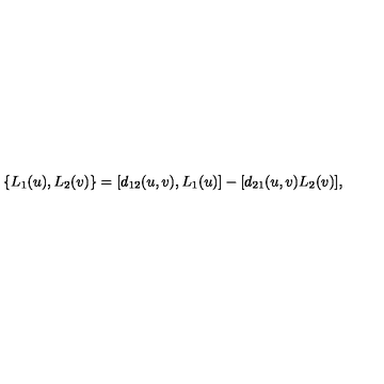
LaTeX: \{ L _ { 1 } ( u ) , L _ { 2 } ( v ) \} = [ d _ { 1 2 } ( u , v ) , L _ { 1 } ( u ) ] - [ d _ { 2 1 } ( u , v ) L _ { 2 } ( v ) ] ,